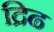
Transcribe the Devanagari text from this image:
द्रिढ